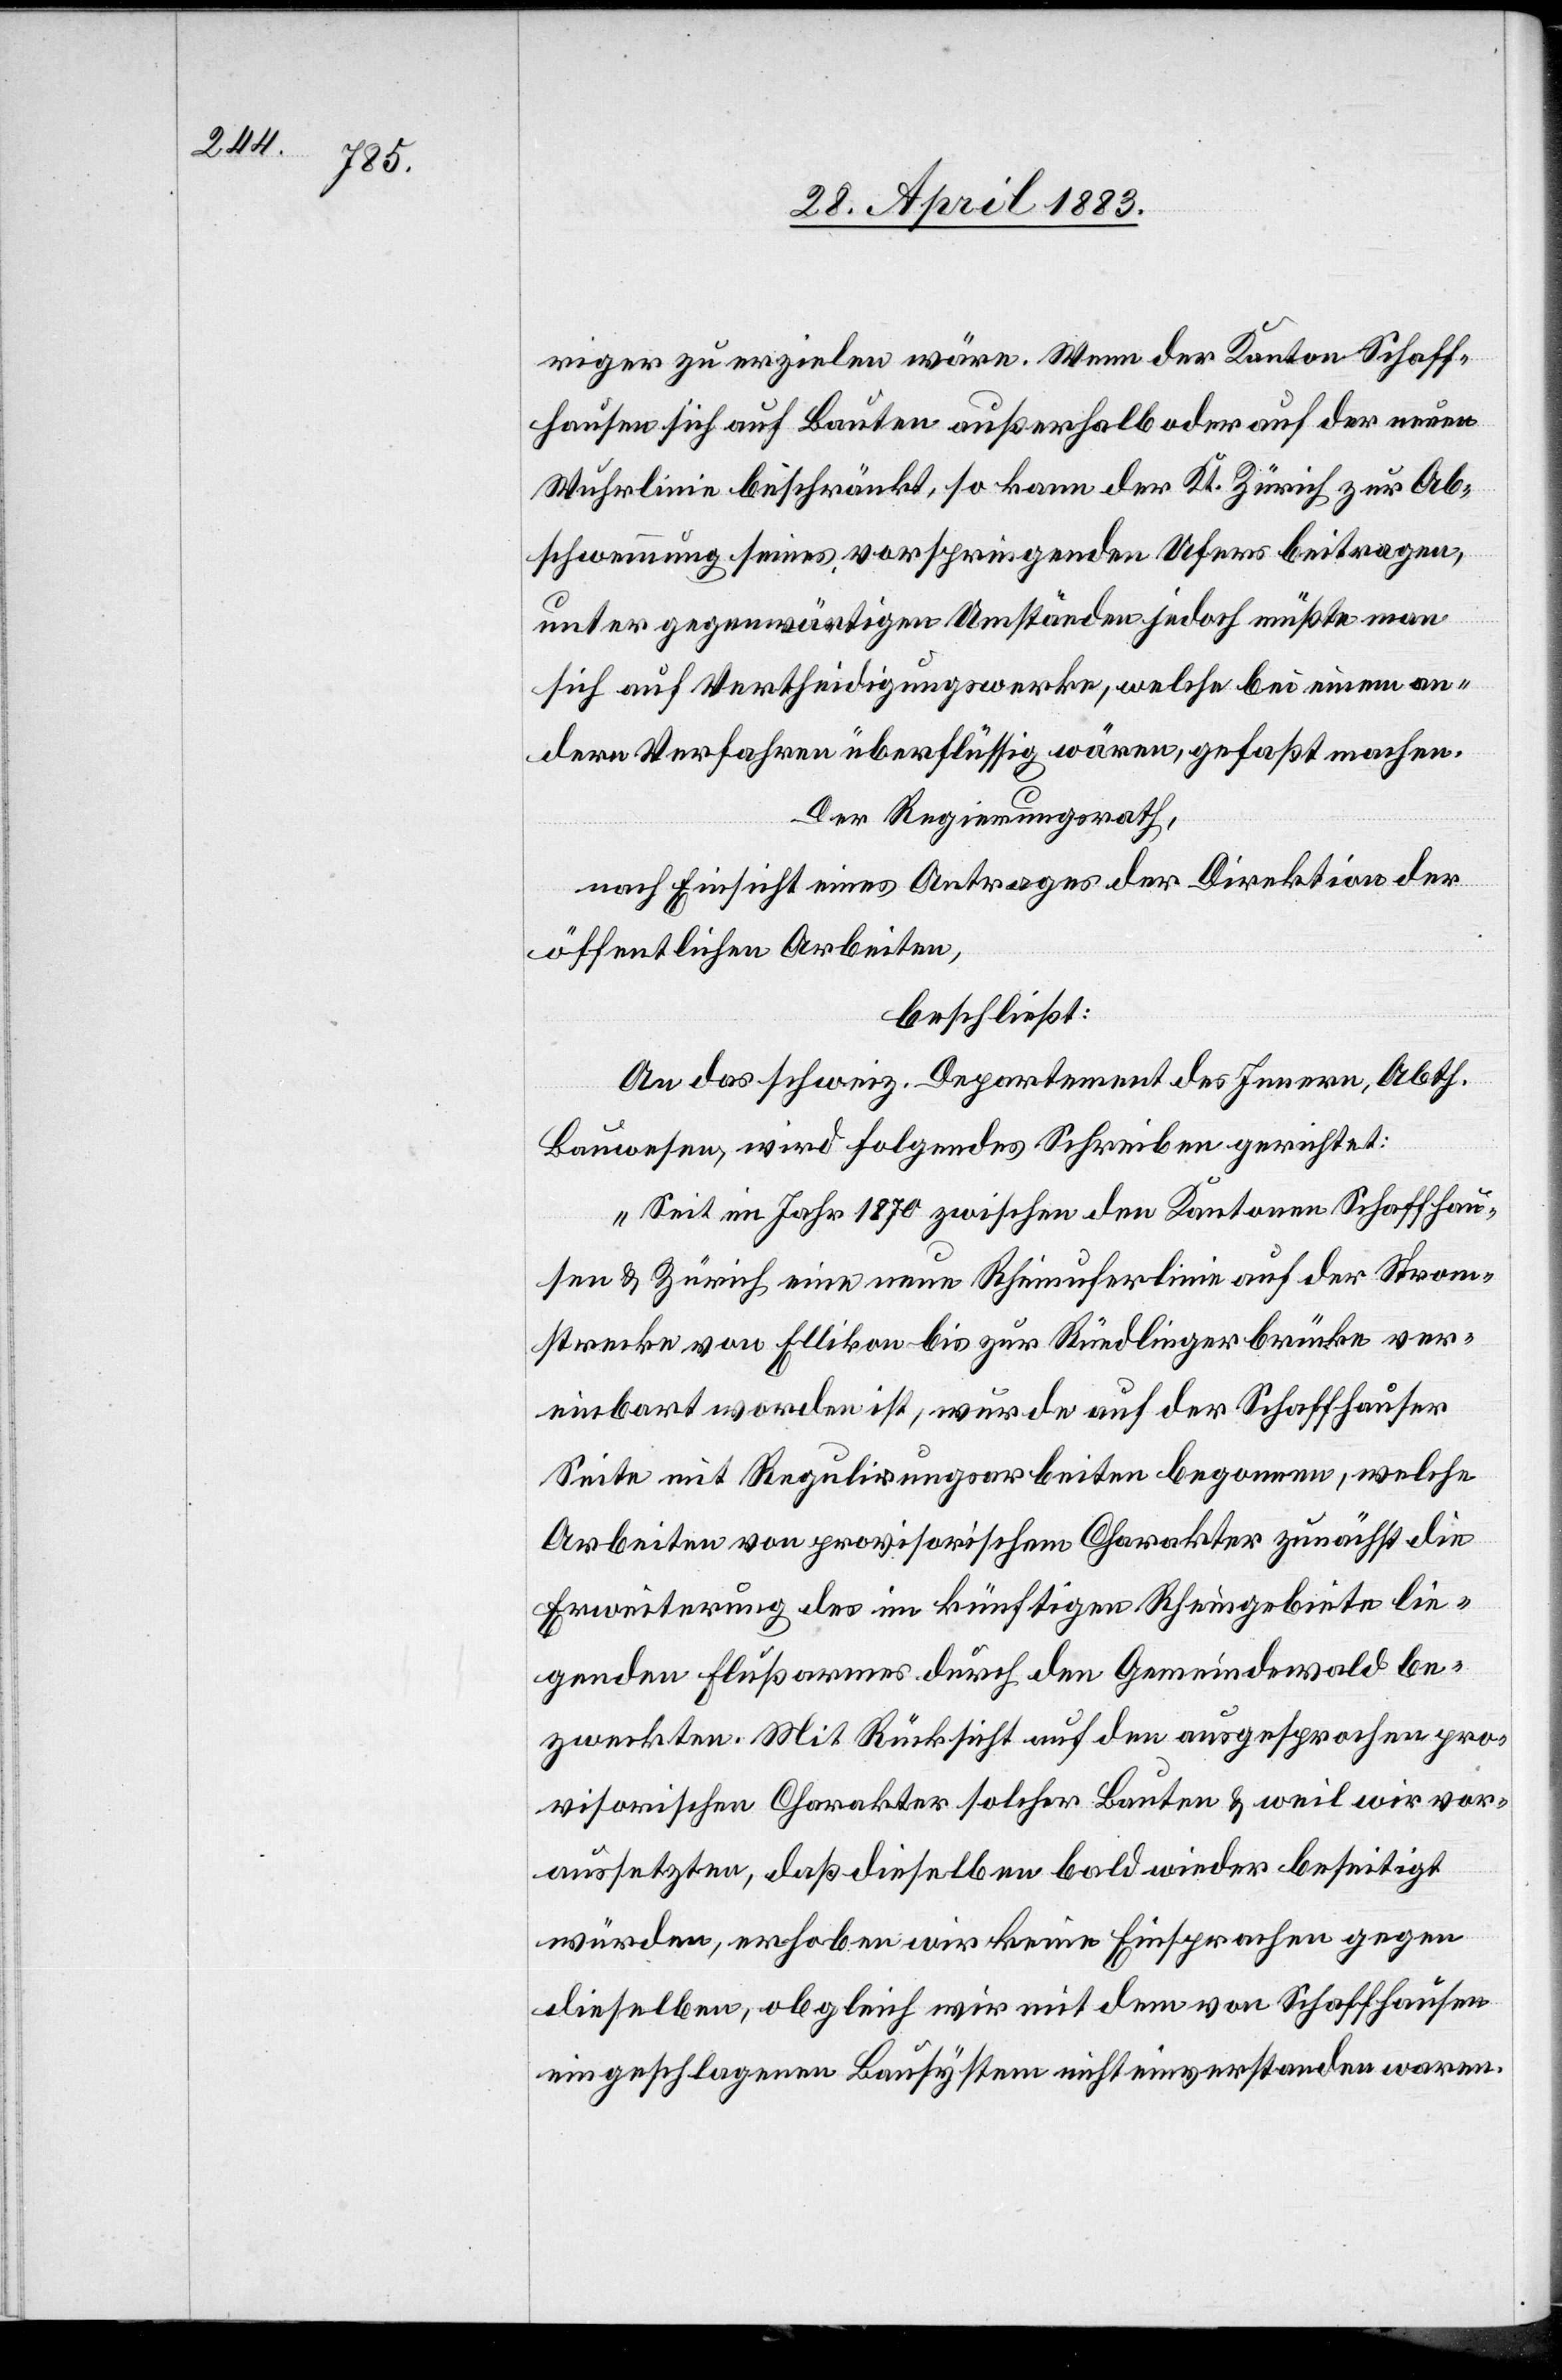
riger zu erzielen wäre. Wenn der Kanton Schaff¬
hausen sich auch Bauten außerhalb oder auf der neuen
Wuhrlinie beschränkt, so kann der Kt. Zürich zur Ab¬
schwemmung seines vorspringenden Ufers beitragen,
unter gegenwärtigen Umständen jedoch müßte man
sich auf Vertheidigungswerke, welche bei einem an¬
dern Verfahren überflüssig wären, gefaßt machen.
Der Regierungsrath,
nach Einsicht eines Antrages der Direktion der
öffentlichen Arbeiten,
beschließt:
An das schweiz. Departement des Innern, Abth.
Bauwesen, wird folgendes Schreiben gerichtet:
„Seit im Jahr 1870 zwischen den Kantonen Schaffhau¬
sen & Zürich eine neue Rheinuferlinie auf der Strom¬
strecke von Ellikon bis zur Rüedlingerbrücke ver¬
einbart worden ist, wurde auf der Schaffhauser
Seite mit Regulirungsarbeiten begonnen, welche
Arbeiten von provisorischem Charakter zunächst die
Erweiterung des im künftigen Rheingebiete lie¬
genden Flussarmes durch den Gemeindewald be¬
zweckten. Mit Rücksicht auf den ausgesprochen pro¬
visorischen Charakter solcher Bauten & weil wir vor¬
aussetzen, daß dieselben bald wieder beseitigt
würden, erhoben wir keine Einsprachen gegen
dieselben, obgleich wir mit dem von Schaffhausen
eingeschlagenen Bausystem nicht einverstanden waren.